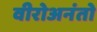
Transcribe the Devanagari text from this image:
वीरोअनंतो